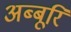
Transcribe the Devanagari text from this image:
अब्बूरि